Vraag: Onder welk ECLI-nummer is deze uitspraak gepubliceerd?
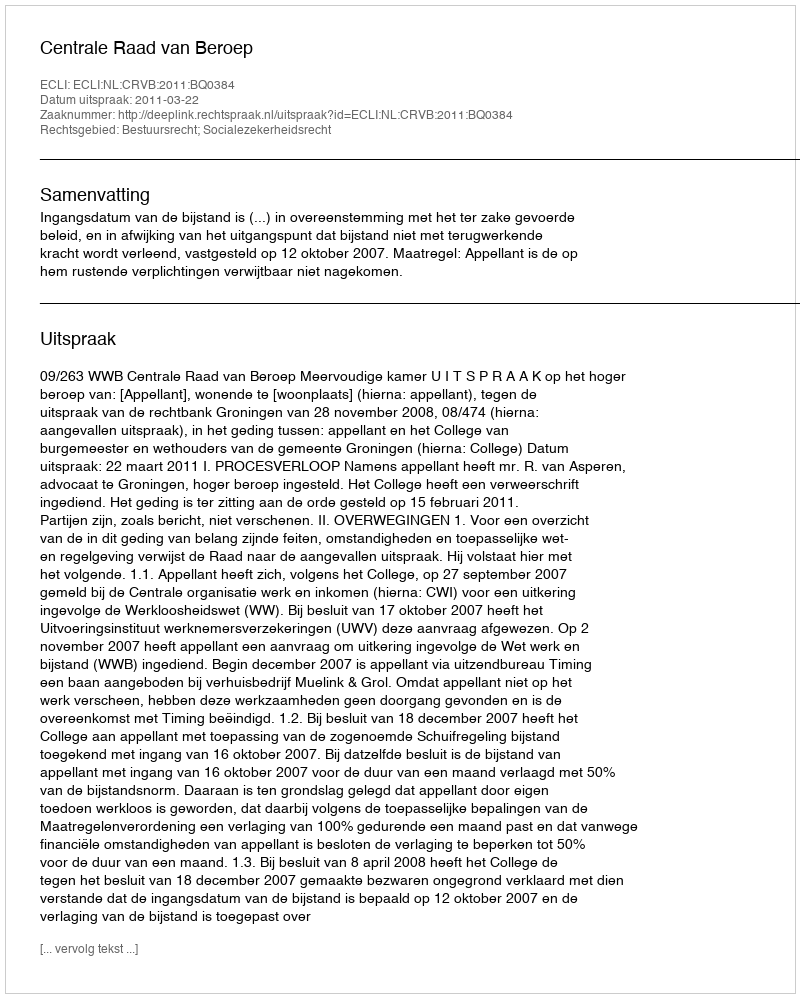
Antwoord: ECLI:NL:CRVB:2011:BQ0384